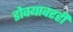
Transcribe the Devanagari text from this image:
डोक्यावरही